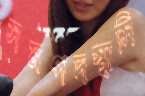
সমপদস্থাসি